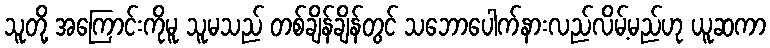
သူတို့ အကြောင်းကိုမူ သူမသည် တစ်ချိန်ချိန်တွင် သဘောပေါက်နားလည်လိမ့်မည်ဟု ယူဆကာ